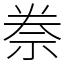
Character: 䄅